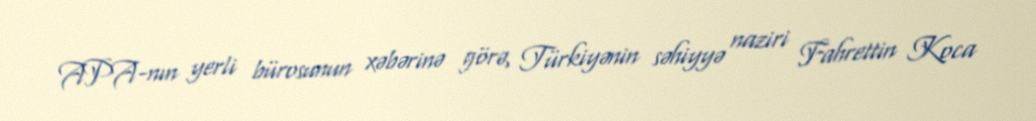
APA-nın yerli bürosunun xəbərinə görə, Türkiyənin səhiyyə naziri Fahrettin Koca